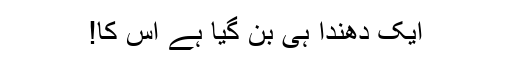
ایک دھندا ہی بن گیا ہے اس کا!